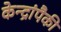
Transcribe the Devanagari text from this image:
केन्द्रांपैकी